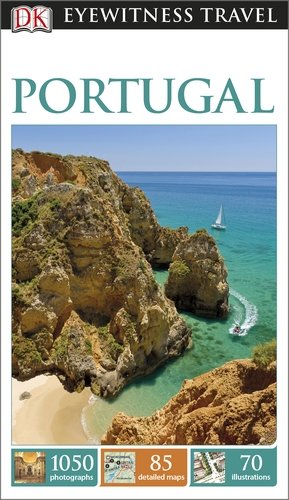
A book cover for DK Eyewitness Travel Guide: Portugal; Collectif; Travel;